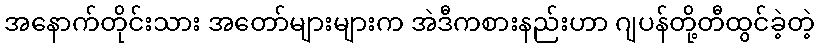
အနောက်တိုင်းသား အတော်များများက အဲဒီကစားနည်းဟာ ဂျပန်တို့တီထွင်ခဲ့တဲ့